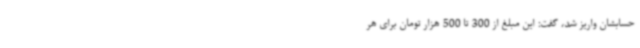
حسابشان واریز شد، گفت: این مبلغ از 300 تا 500 هزار تومان برای هر